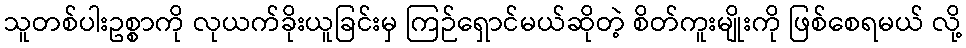
သူတစ်ပါးဥစ္စာကို လုယက်ခိုးယူခြင်းမှ ကြဉ်ရှောင်မယ်ဆိုတဲ့ စိတ်ကူးမျိုးကို ဖြစ်စေရမယ် လို့